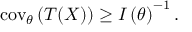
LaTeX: \operatorname { c o v } _ { \boldsymbol { \theta } } \left( { \boldsymbol { T } } ( X ) \right) \geq I \left( { \boldsymbol { \theta } } \right) ^ { - 1 } .